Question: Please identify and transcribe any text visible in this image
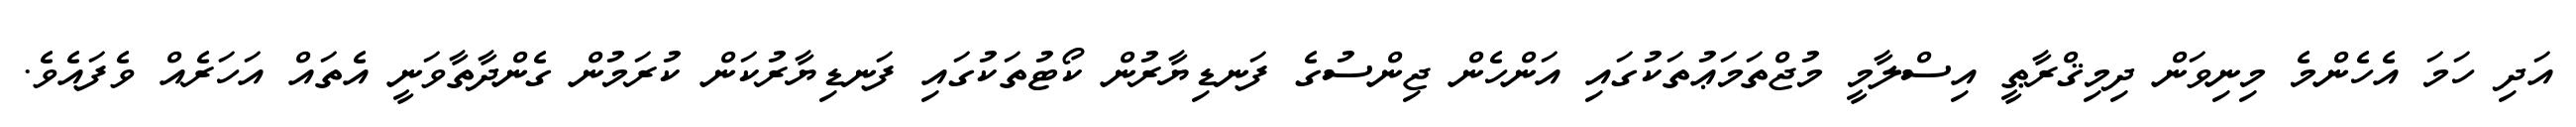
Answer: އަދި ހަމަ އެހެންމެ މިނިވަން ދިމިޤްރާޠީ އިސްލާމީ މުޖްތަމަޢުތަކުގައި އަންހެން ޖިންސުގެ ފަނޑިޔާރުން ކޯޓުތަކުގައި ފަނޑިޔާރުކަން ކުރަމުން ގެންދާތާވަނީ އެތައް އަހަރެއް ވެފައެވެ.